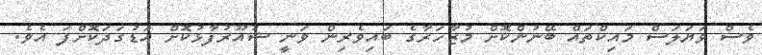
ވެސް ވަޔަލަސް މައިކްތައް ބޭނުންކޮށް މުޒާހަރާގެ ބައިވެރިން ވަނީ ޝުއޫރުފާޅުކޮށް އަޑުގަދަކޮށްފަ އެވެ.